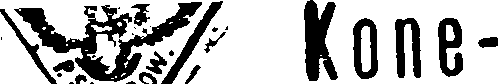
# Kone-